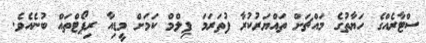
ސްޓާރެއްގެ ހަޔާތުގެ މައްޗަށް ތައްޔަރުކުރާ ފުތަރަމަ ފިލްމް ކަމަށް މީޑިއާ ރިޕޯޓްތައް ބުނެއެވެ.